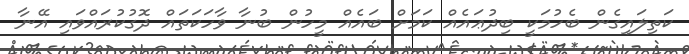
ކަތިލައިގެން ބެހުމަކީ ބިދުޢައެއް ކަމަށް ބައެއް މީހުން ބުނާ ވާހަކަތައް ދޮގުކުރައްވައި އޭނާ